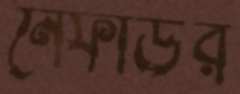
নেফাউর